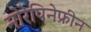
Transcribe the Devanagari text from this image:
नोरेपिनेफ्रीन